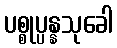
ပစ္စုပ္ပန္နသုခေါ